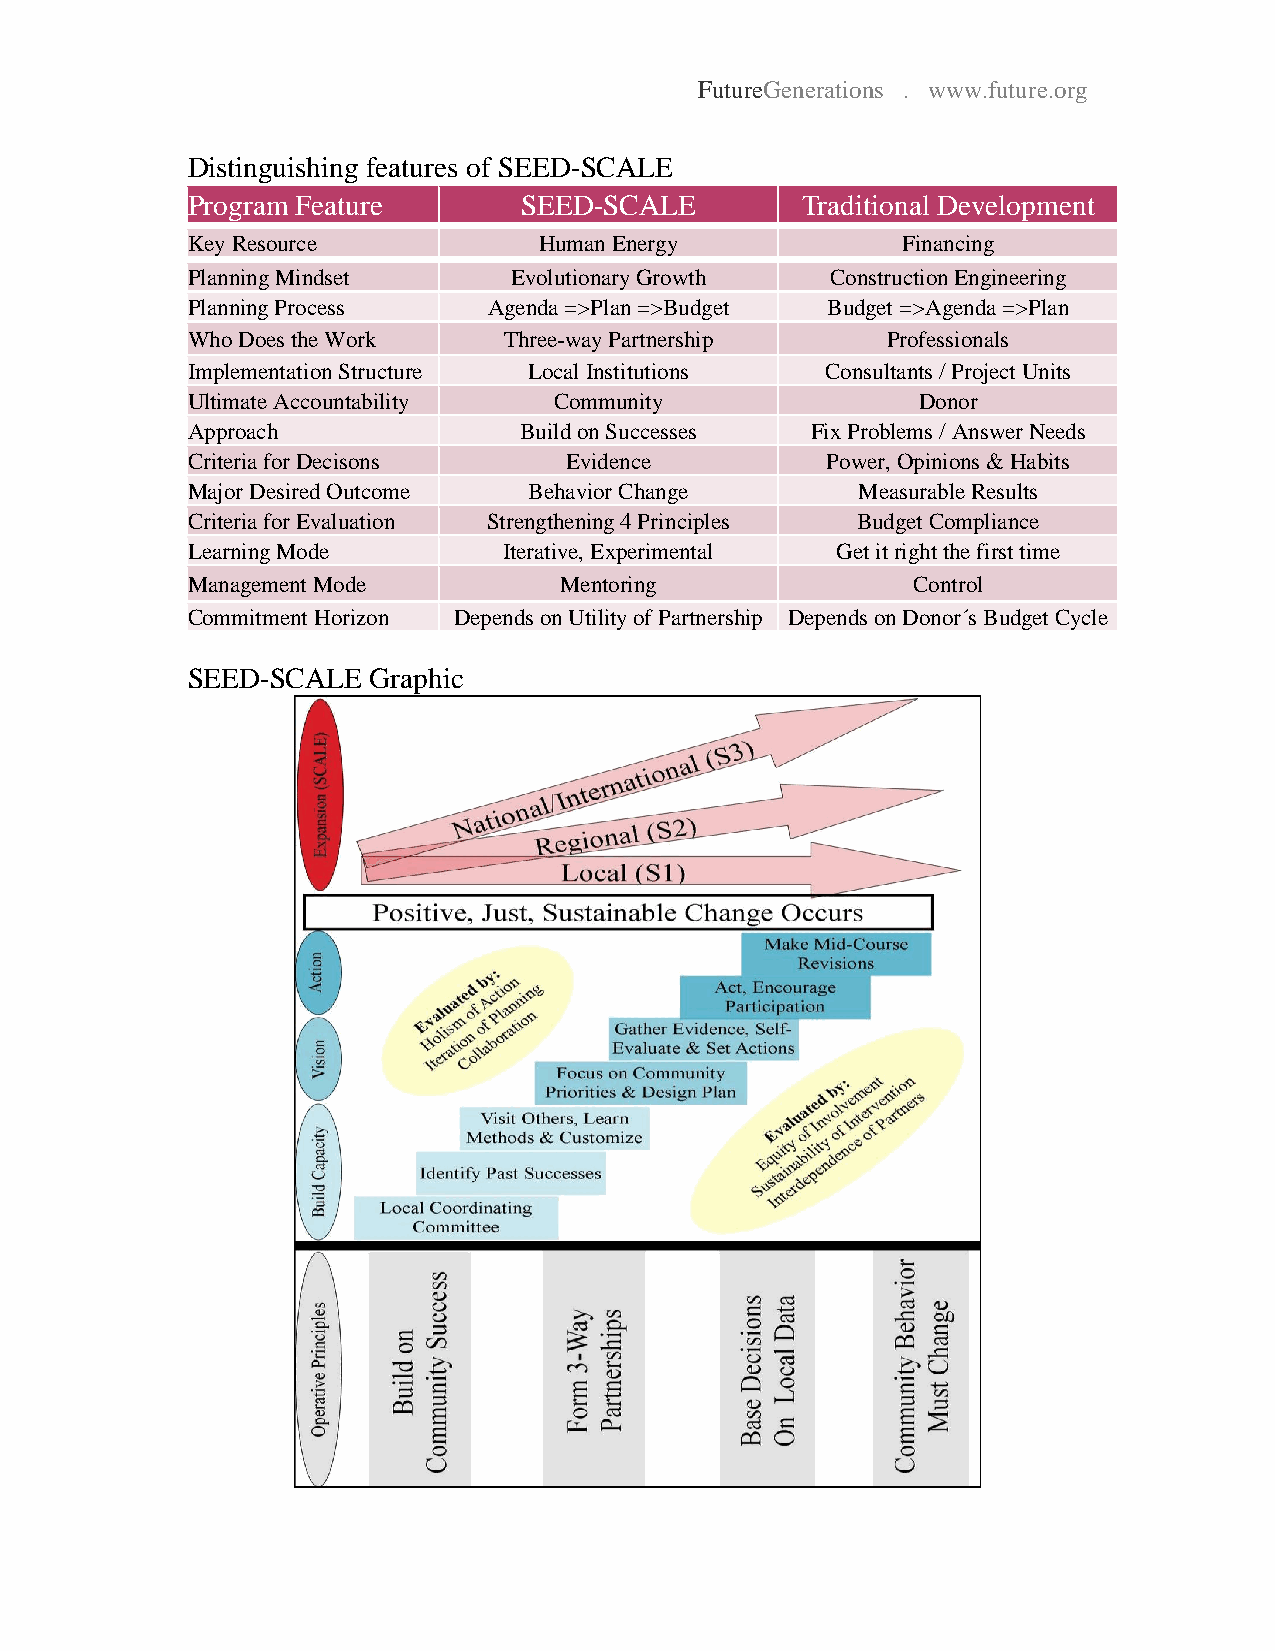
FutureGenerations . www.future.org
 Distinguishing features of SEED-SCALE
 Program Feature       SEED-SCALE         Traditional Development
 Key Resource            Human Energy            Financing
 Planning Mindset      Evolutionary Growth  Construction Engineering
 Planning Process    Agenda =>Plan =>Budget Budget =>Agenda =>Plan
 Who Does the Work    Three-way Partnership     Professionals
 Implementation Structure Local Institutions Consultants / Project Units
 Ultimate Accountability  Community               Donor
 Approach              Build on Successes  Fix Problems / Answer Needs
 Criteria for Decisons    Evidence          Power, Opinions & Habits
 Major Desired Outcome  Behavior Change       Measurable Results
 Criteria for Evaluation Strengthening 4 Principles Budget Compliance
 Learning Mode        Iterative, Experimental Get it right the first time
 Management Mode          Mentoring              Control
 Commitment Horizon Depends on Utility of Partnership Depends on Donor´s Budget Cycle
 SEED-SCALE  Graphic